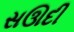
સઊદી